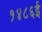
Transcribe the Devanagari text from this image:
१४८६ई